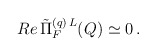
\begin{align*}Re \, \tilde{\Pi}_F^{(q) \, L} (Q) \simeq 0 \, . \end{align*}